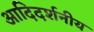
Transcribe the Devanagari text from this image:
आदिदर्शनीय